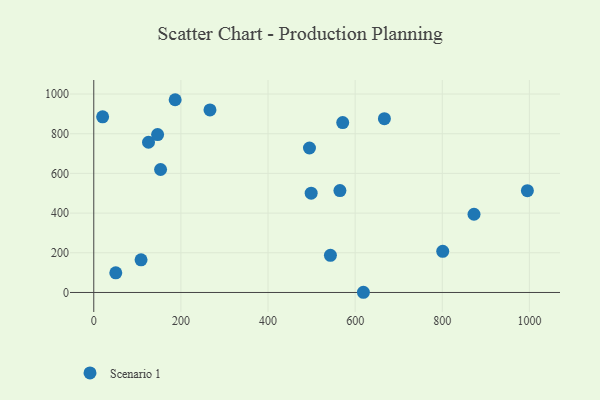
{"axis": {"x": "Experience", "y": "Yield"}, "legend": ["Scenario 1"], "data": [{"x": "125.6", "y": 756.9, "type": "Scenario 1"}, {"x": "146.5", "y": 795.8, "type": "Scenario 1"}, {"x": "495.1", "y": 728.0, "type": "Scenario 1"}, {"x": "266.7", "y": 920.1, "type": "Scenario 1"}, {"x": "667.1", "y": 875.7, "type": "Scenario 1"}, {"x": "801.0", "y": 207.3, "type": "Scenario 1"}, {"x": "565.0", "y": 513.4, "type": "Scenario 1"}, {"x": "20.3", "y": 885.1, "type": "Scenario 1"}, {"x": "618.9", "y": 1.0, "type": "Scenario 1"}, {"x": "872.8", "y": 394.1, "type": "Scenario 1"}, {"x": "543.2", "y": 187.1, "type": "Scenario 1"}, {"x": "153.3", "y": 619.6, "type": "Scenario 1"}, {"x": "50.5", "y": 99.1, "type": "Scenario 1"}, {"x": "571.4", "y": 856.2, "type": "Scenario 1"}, {"x": "995.3", "y": 512.9, "type": "Scenario 1"}, {"x": "499.0", "y": 500.2, "type": "Scenario 1"}, {"x": "186.8", "y": 971.3, "type": "Scenario 1"}, {"x": "108.5", "y": 164.3, "type": "Scenario 1"}]}